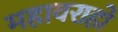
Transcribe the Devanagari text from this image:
महावराहो